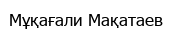
Мұқағали Мақатаев